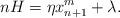
LaTeX: \begin{align*}nH=\eta x_{n+1}^m+\lambda.\end{align*}